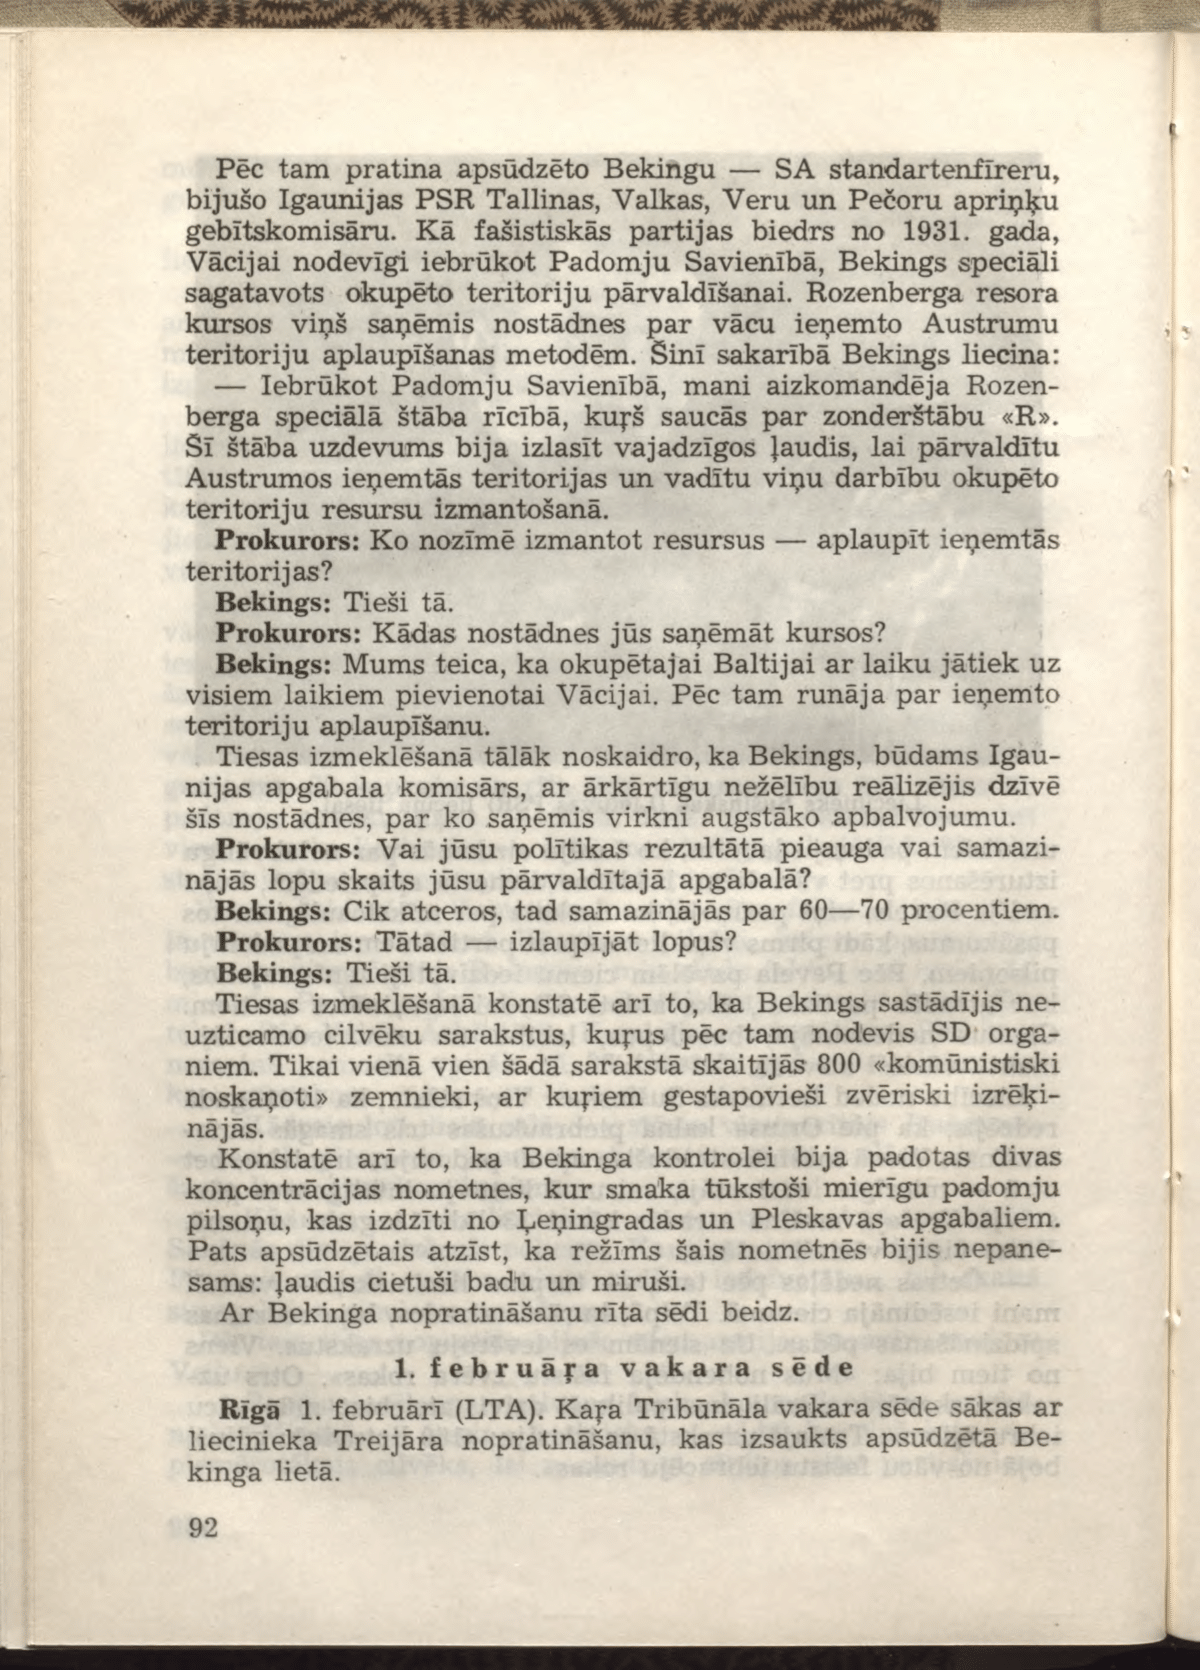
Language: lv